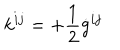
k ^ { i j } = + \frac { 1 } { 2 } \dot { g } ^ { i j }